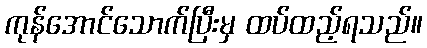
ကုန်အောင်သောက်ပြီးမှ ထပ်ထည့်ရသည်။